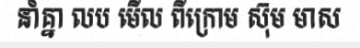
នាំគ្នា លប មើល ពីក្រោម ស៊ុម មាស